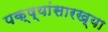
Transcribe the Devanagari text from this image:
पक्ष्यांसारख्या